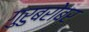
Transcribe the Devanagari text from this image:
गुरुबरोबर